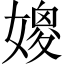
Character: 𱙩